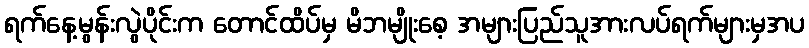
ရက်နေ့မွန်းလွဲပိုင်းက တောင်ထိပ်မှ မိဘမျိုးစေ့ အများပြည်သူအားလပ်ရက်များမှအပ